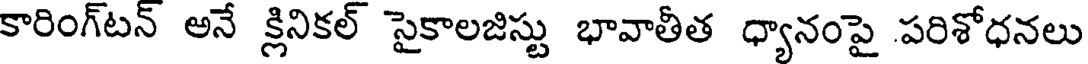
కారింగ్టన్ అనే క్లినికల్ సైకాలజిస్టు భావాతీత ధ్యానంపై పరిశోధనలు